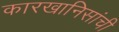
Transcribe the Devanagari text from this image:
कारखानिसांची